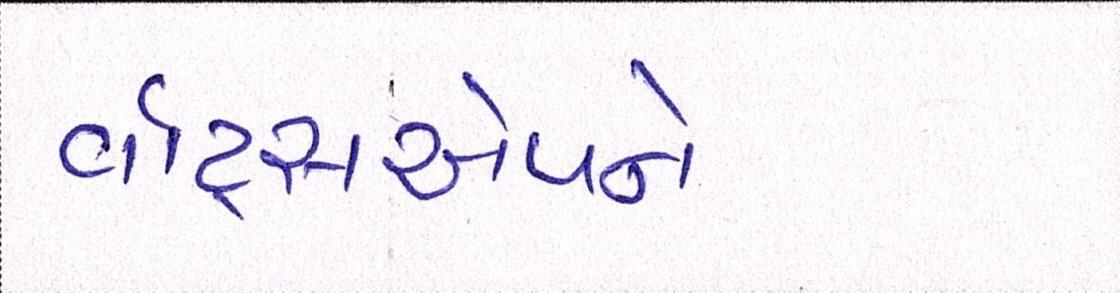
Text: વૉટ્સએપને